Rangoon Lunatic Asylum 1893-1897 - 1893-1897
Year: 1893
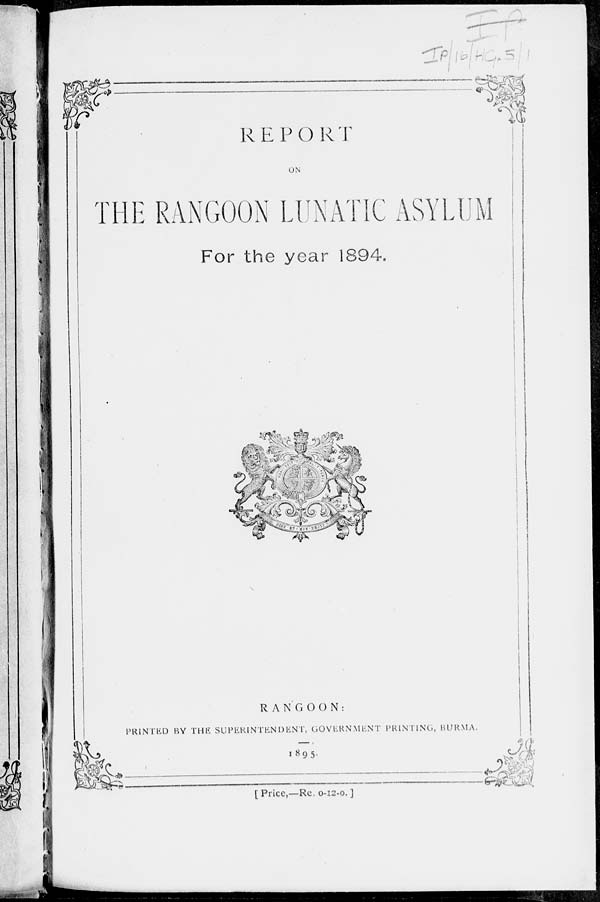
REPORT
ON
THE RANGOON LUNATIC ASYLUM
For the year 1894.
RANGOON:
PRINTED BY THE SUPERINTENDENT, GOVERNMENT PRINTING, BURMA.
1895.
[ Price,—Re. 0-12-0. ]